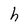
Character: h